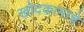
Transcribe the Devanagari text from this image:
खोदकामाचे